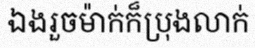
ឯងរួចម៉ាក់ក៏ប្រុងលាក់